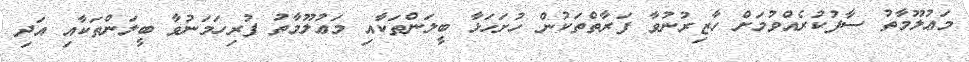
މަޢުލޫމާތު ސާފުކުރެއްވުމަށް ހާޒިރުނުވާ ފަރާތްތަކުން ހުށަހަޅާ ބީލަންތަކާއި މަޢުލޫމާތު ފުރިހަމަނުވާ ބީލަންތަކާއި އަދި